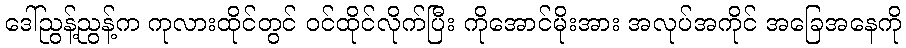
ဒေါ်ညွန့်ညွန့်က ကုလားထိုင်တွင် ဝင်ထိုင်လိုက်ပြီး ကိုအောင်မိုးအား အလုပ်အကိုင် အခြေအနေကို